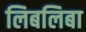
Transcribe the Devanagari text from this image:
लिबलिबा